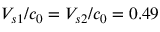
V _ { s 1 } / c _ { 0 } = V _ { s 2 } / c _ { 0 } = 0 . 4 9